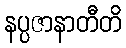
နပ္ပဇာနာတီတိ